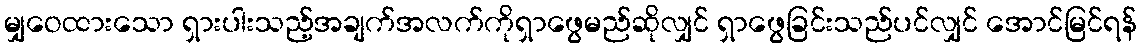
မျှဝေထားသော ရှားပါးသည့်အချက်အလက်ကိုရှာဖွေမည်ဆိုလျှင် ရှာဖွေခြင်းသည်ပင်လျှင် အောင်မြင်ရန်